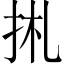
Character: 𢫄